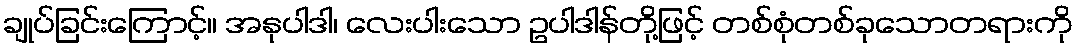
ချုပ်ခြင်းကြောင့်။ အနုပါဒါ၊ လေးပါးသော ဥပါဒါန်တို့ဖြင့် တစ်စုံတစ်ခုသောတရားကို